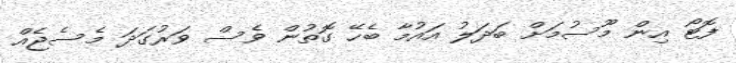
ފޮޓޯ އިން މޫސުމަށް ބަދަލު އައުމާ ބެހޭ ގޮތުން ވެސް ވަރުގަދަ މެސެޖެއް